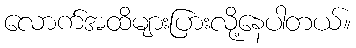
လောက်အထိများပြားလို့နေပါတယ်။